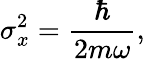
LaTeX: \sigma_{x}^{2}={\frac{\hbar}{2m\omega}},